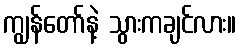
ကျွန်တော်နဲ့ သွားကချင်လား။